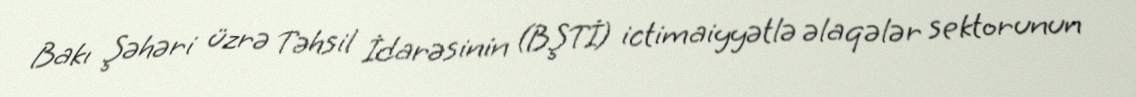
Bakı Şəhəri üzrə Təhsil İdarəsinin (BŞTİ) ictimaiyyətlə əlaqələr sektorunun